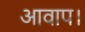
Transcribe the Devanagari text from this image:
आवाप।